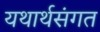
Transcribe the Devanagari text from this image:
यथार्थसंगत